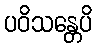
ပဝိသန္တေပိ